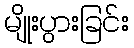
မျိုးပွားခြင်း